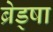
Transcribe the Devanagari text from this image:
ब्रेड्षा